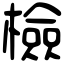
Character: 檢